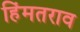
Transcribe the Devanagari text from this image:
हिंमतराव